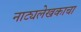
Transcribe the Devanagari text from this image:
नाट्यलेखकाचा